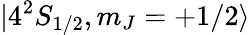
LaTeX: |4^{2}S_{1/2},m_{J}=+1/2\rangle